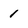
Character: 1